Treatise on elephants
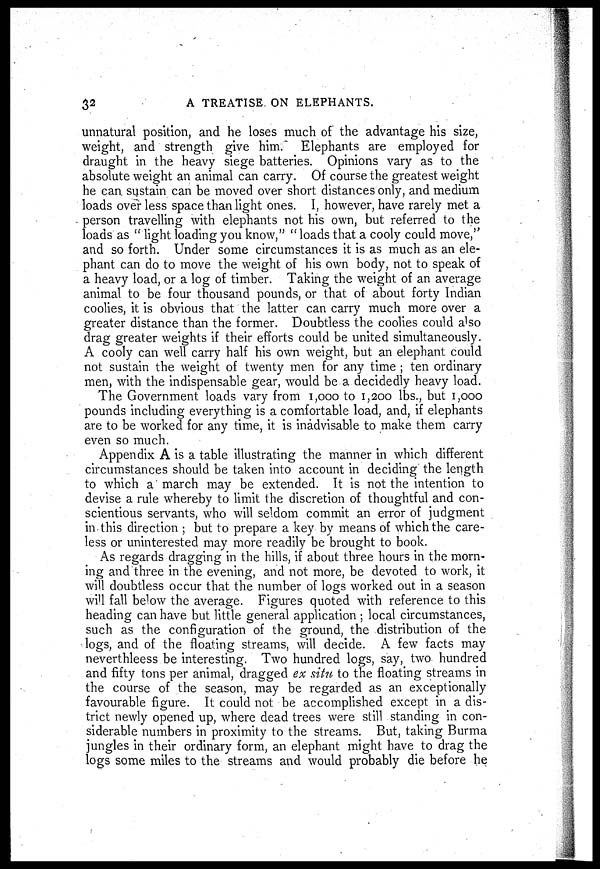
32
A TREATISE ON ELEPHANTS.
unnatural position, and he loses much of the advantage his size,
weight, and strength give him. Elephants are employed for
draught in the heavy siege batteries. Opinions vary as to the
absolute weight an animal can carry. Of course the greatest weight
he can sustain can be moved over short distances only, and medium
loads over less space than light ones. I, however, have rarely met a
person travelling with elephants not his own, but referred to the
loads as " light loading you know," " loads that a cooly could move,"
and so forth. Under some circumstances it is as much as an ele-
phant can do to move the weight of his own body, not to speak of
a heavy load, or a log of timber. Taking the weight of an average
animal to be four thousand pounds, or that of about forty Indian
coolies, it is obvious that the latter can carry much more over a
greater distance than the former. Doubtless the coolies could also
drag greater weights if their efforts could be united simultaneously.
A cooly can well carry half his own weight, but an elephant could
not sustain the weight of twenty men for any time ; ten ordinary
men, with the indispensable gear, would be a decidedly heavy load.
The Government loads vary from 1,000 to 1,200 lbs., but 1,000
pounds including everything is a comfortable load, and, if elephants
are to be worked for any time, it is inadvisable to make them carry
even so much.
Appendix A is a table illustrating the manner in which different
circumstances should be taken into account in deciding the length
to which a march may be extended. It is not the intention to
devise a rule whereby to limit the discretion of thoughtful and con-
scientious servants, who will seldom commit an error of judgment
in this direction ; but to prepare a key by means of which the care-
less or uninterested may more readily be brought to book.
As regards dragging in the hills, if about three hours in the morn-
ing and three in the evening, and not more, be devoted to work, it
will doubtless occur that the number of logs worked out in a season
will fall below the average. Figures quoted with reference to this
heading can have but little general application ; local circumstances,
such as the configuration of the ground, the distribution of the
logs, and of the floating streams, will decide. A few facts may
neverthleess be interesting. Two hundred logs, say, two hundred
and fifty tons per animal, dragged ex situ to the floating streams in
the course of the season, may be regarded as an exceptionally
favourable figure. It could not be accomplished except in a dis-
trict newly opened up, where dead trees were still standing in con-
siderable numbers in proximity to the streams. But, taking Burma
jungles in their ordinary form, an elephant might have to drag the
logs some miles to the streams and would probably die before he